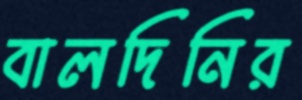
বালদিনির